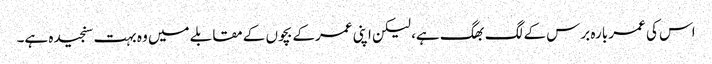
اس کی عمر بارہ برس کے لگ بھگ ہے، لیکن اپنی عمرکے بچوں کے مقابلے میں وہ بہت سنجیدہ ہے۔